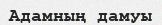
Адамның дамуы